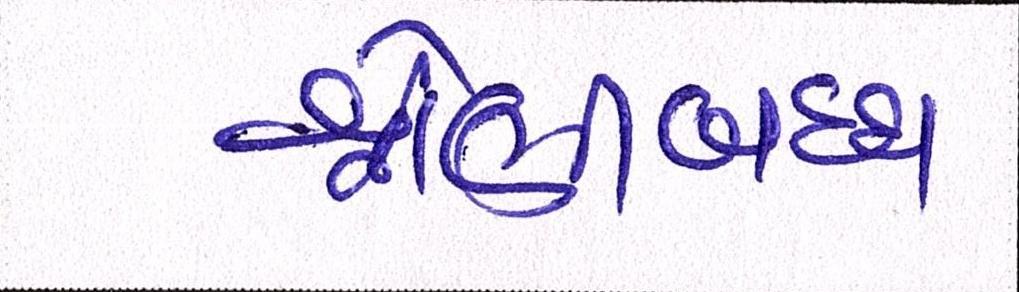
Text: શ્રેણીબધ્ધ